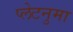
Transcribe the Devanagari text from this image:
प्‍लेटनुमा